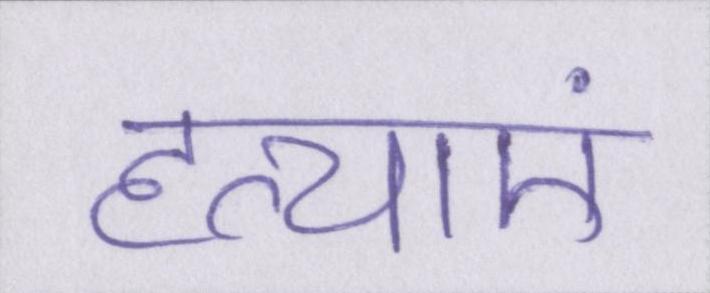
हत्याएं